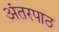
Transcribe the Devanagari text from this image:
अंतरपाठ